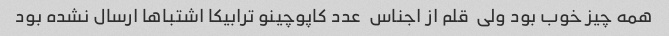
همه چیز خوب بود ولی  قلم از اجناس  عدد کاپوچینو ترابیکا اشتباها ارسال نشده بود